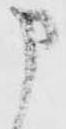
申